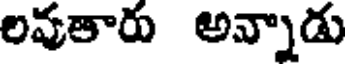
లవుతారు అన్నాడు